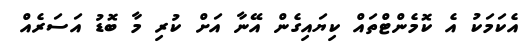
އެކަމަކު އެ ކޮމެންޓްތައް ކިޔައިގެން އޭނާ އަށް ކުރި މާ ބޮޑު އަސަރެއް